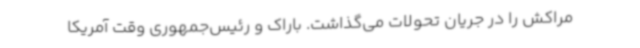
مراکش را در جریان تحولات می‌گذاشت. باراک و رئیس‌جمهوری وقت آمریکا